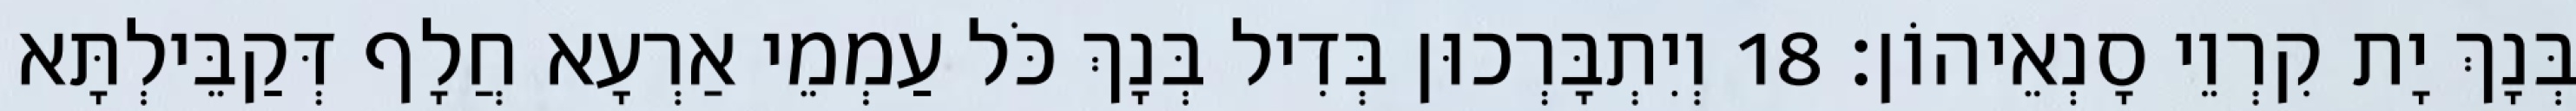
בְּנָךְ יָת קִרְוֵי סָנְאֵיהוֹן׃ 18 וְיִתְבָּרְכוּן בְּדִיל בְּנָךְ כֹּל עַמְמֵי אַרְעָא חֲלָף דְּקַבֵּילְתָּא